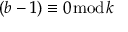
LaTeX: ( b - 1 ) \equiv 0 { \bmod { k } }